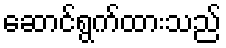
ဆောင်ရွက်ထားသည်